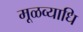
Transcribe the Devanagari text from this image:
मूळव्याधि